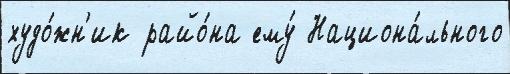
худо́жн'ик райо́на ему́ Национа́льного